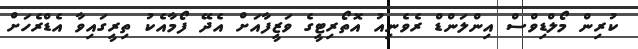
ކުރިން މޯލްޑިވްސް އިންލަންޑް ރެވެނިއު އޮތޯރިޓީގެ ވަޒީފާއަށް އެދޭ ފޯމާއެކު ތިރީގައިވާ އެޑްރެހަށް